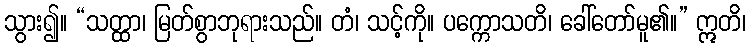
သွား၍။ “သတ္ထာ၊ မြတ်စွာဘုရားသည်။ တံ၊ သင့်ကို။ ပက္ကောသတိ၊ ခေါ်တော်မူ၏။” ဣတိ၊